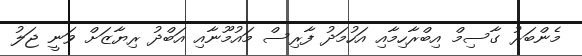
މެންބަރު ގާސިމް އިބްރާހިމާއި އަހުމަދު ފާރިސް މައުމޫނާއި އަބްދު ރިޔާޒަށް ވަނީ ޖަލު